Civil Veterinary Department Bihar & Orissa reports 1911-21 - 1911-1921
Year: 1911
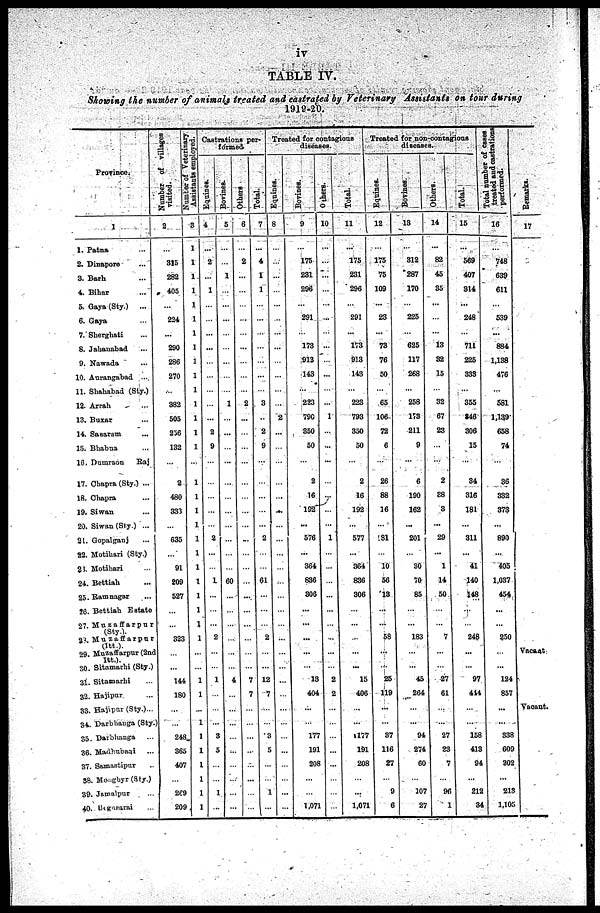
iv
TABLE IV.
Showing the number of animals treated and castrated by Veterinary Assistants on tour during
1919-20.
Province.
1
1. Patna ...
2. Dinapore ...
3. Barh ...
4. Bihar ...
5. Gaya (Sty.)
...
G. Gaya ...
7. Sherghati ...
8. Jahauabad ...
9. Nawada ...
10. Aurangabad ...
11. Shahabad (Sty.)
12. Arrah ...
13. Buxar ...
14. Sasaram ...
15. Bhabna ...
16. Dumraon
Raj
17. Chapra (Sty.) ...
18. Chapra ...
19. Siwan ...
20. Siwan (Sty.) ...
21. Gopalganj ...
22. Motihari (Sty.)
23. Motihari ...
24. Bettiah ...
25. Ramnagar ...
?6. Bettiah Estate
27. Muzaffarpur
(Sty.)
28. Muzaffarpur
(Itt) 29. Muzaffarpur (2nd
ltt.).
30. Sitamarhi (Sty.)
31. Sitamarhi ...
32. Hajipur ...
33.Hajipur
(Sty.)..
34. Darbhanga (Sty.)
35. Darbhanga ...
36. Madhuganj ...
37. Samastipur ...
58. Morghyr(Sty.)
39. Jamalpur ...
40. Bagapurai ...
Number of Villages
Visited.
2
...
315
282
405
...
22.4
...
290
286
270
...
382
505
236
132
...
2
480
333
...
635
...
91
209
527
...
...
323
...
...
144
180
...
......
248
365
407
...
269
209
Number of Veterinary
Assistants employed.
3
1
1
1
1
1
1
1
1
1
1
1
1
1
1
1
...
1
1
1
1
1
1
1
1
1
1
1
1
...
...
1
1
...
1
1
1
1
1
1
1
Castrations per-
formed-
Equines.
4
...
2
...
1
...
...
...
...
...
...
...
...
...
2
9
...
...
...
...
...
2
...
...
1
...
...
...
2
...
...
1
...
...
...
3
5
...
...
1
...
Bovines.
5
...
...
1
...
...
...
...
...
...
...
...
1
...
...
...
...
...
...
...
...
...
...
...
60
...
...
...
...
...
...
4
...
...
...
...
...
...
...
...
...
Others
6
...
2
...
...
...
...
...
...
...
...
...
2
...
...
...
...
...
...
...
...
...
...
...
...
...
...
...
...
...
...
7
7
...
...
...
...
...
...
...
...
Total.
7
...
4
1
1
...
...
...
...
...
...
...
3
...
2
9
...
...
...
...
...
2
...
...
61
...
...
...
2
...
...
12
7
...
...
3
5
...
...
1
...
Treated for contagious
diseases.
Equines.
8
...
...
...
...
...
...
...
...
...
...
...
...
2
...
...
...
...
...
...
...
...
...
...
...
...
...
...
...
...
...
...
...
...
...
...
...
...
...
...
...
Bovines.
9
...
175
231
296
...
291
...
173
913
143
...
223
790
350
50
...
2
16
192
...
576
...
364
836
300
...
...
...
...
...
13
404
...
...
177
191
208
...
...
1,071
Others.
10
...
...
...
...
...
...
...
...
...
...
...
...
1
...
...
...
...
...
...
...
1
...
...
...
...
...
...
...
...
...
2
2
...
...
...
...
...
...
...
...
Total.
11
...
175
231
296
...
291
...
173
913
143
...
223
793
350
50
...
2
16
192
...
577
...
364
836
306
...
...
...
...
...
15
406
...
...
1177
191
208
...
...
1,071
Treated for non-contagious
diseases.
Equines.
12
...
175
75
109
...
23
...
73
76
50
...
65
106
72
6
...
26
88
16
...
181
...
10
56
13
...
...
58
...
...
25
119
...
...
37
116
27
...
9
6
Bovines
13
...
312
287
170
...
225
...
625
117
268
...
258
173
211
9
...
6
190
162
...
201
...
30
70
85
...
...
183
...
...
45
264
...
...
94
274
60
...
107
27
Others.
14
...
82
45
35
...
...
...
13
32
15
...
32
67
23
...
...
2
38
3
...
29
...
1
14
50
...
...
7
...
...
27
61
...
...
27
23
7
...
96.
1
Total.
15
...
569
407
814
...
248
...
711
225
333
...
355
S46
306
15
...
34
316
181
...
311
...
41
140
148
...
...
248
...
...
97
41i
...
...
158
413
94
...
212
34
Total number of cases
treated and
castrations
performed.
16
...
748
639
611
...
539
...
884
1,138
476
...
581
1,139
658
74
...
36
332
373
...
890
...
405
1.037
454
...
...
250
...
...
124
857
...
...
338
609
302
...
213
1,105
Re ma r
ks .
17
Vacant
Vacant.